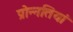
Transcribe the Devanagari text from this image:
प्रोन्नतियां